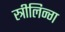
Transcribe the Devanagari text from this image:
स्त्रीलिन्ग